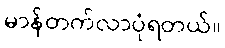
မာန်တက်လာပုံရတယ်။